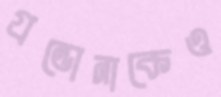
গ্রন্ডোনাকেও